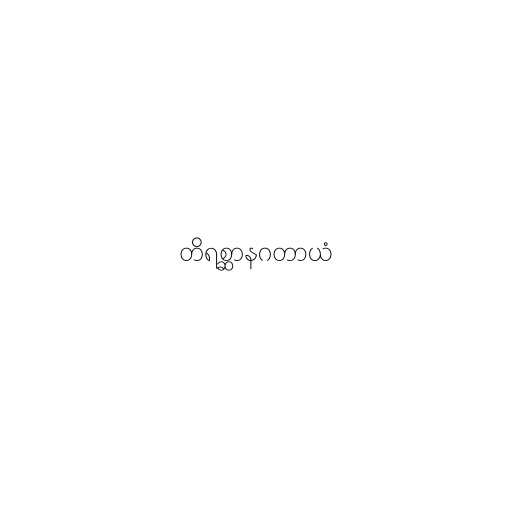
တိရစ္ဆာနဂတာယံ